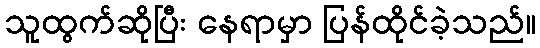
သူထွက်ဆိုပြီး နေရာမှာ ပြန်ထိုင်ခဲ့သည်။